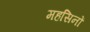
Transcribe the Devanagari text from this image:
महसिनों